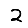
Digit: 2